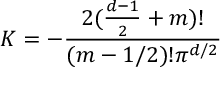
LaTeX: K = - \frac { 2 ( \frac { d - 1 } { 2 } + m ) ! } { ( m - 1 / 2 ) ! \pi ^ { d / 2 } }